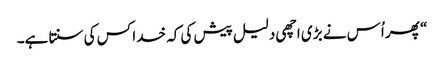
‏“‏ پھر اُس نے بڑی اچھی دلیل پیش کی کہ خدا کس کی سنتا ہے۔